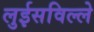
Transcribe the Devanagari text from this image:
लुईसविल्ले